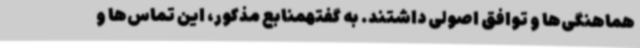
هماهنگی‌ها و توافق اصولی داشتند. به گفتهمنابع مذکور، این تماس‌ها و